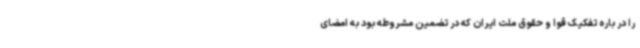
را در باره تفکیک قوا و حقوق ملت ایران که در تضمین مشروطه بود به امضای